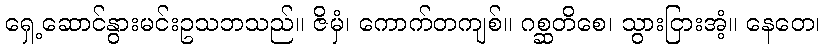
ရှေ့ဆောင်နွားမင်းဥသဘသည်။ ဇိမှံ၊ ကောက်တကျစ်။ ဂစ္ဆတိစေ၊ သွားငြားအံ့။ နေတေ၊